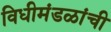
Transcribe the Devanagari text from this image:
विधीमंडळांची